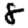
Digit: 8